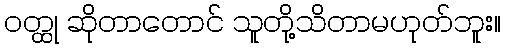
ဝတ္ထု ဆိုတာတောင် သူတို့သိတာမဟုတ်ဘူး။